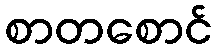
စာတစောင်